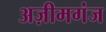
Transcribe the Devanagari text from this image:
अज़ीमगंज